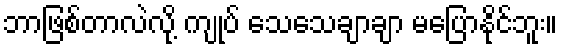
ဘာဖြစ်တာလဲလို့ ကျုပ် သေသေချာချာ မပြောနိုင်ဘူး။